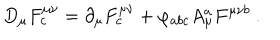
D _ { \mu } F _ { c } ^ { \mu \nu } = \partial _ { \mu } F _ { c } ^ { \mu \nu } + \varphi _ { a b c } A _ { \mu } ^ { a } F ^ { \mu \nu b } ~ .